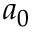
a _ { 0 }